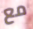
مع